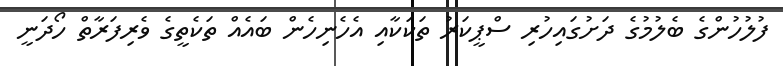
ފުލުހުންގެ ބެލުމުގެ ދަށުގައިހުރި ސްޕީކަރު ތަކަކާއި އެހެނިހެން ބައެއް ތަކެތީގެ ވެރިފަރާތް ހޯދަނީ